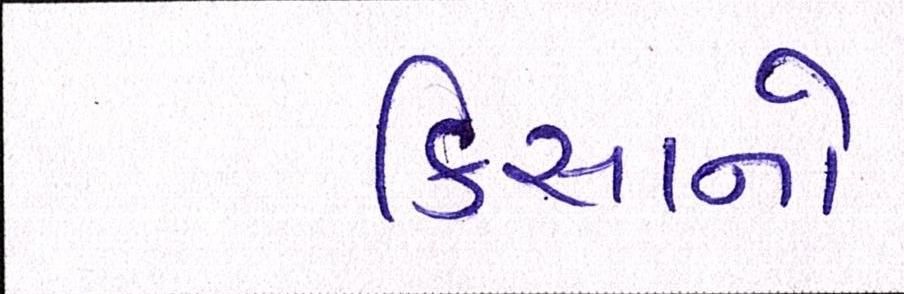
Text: કિસાનો